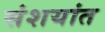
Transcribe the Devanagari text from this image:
संशयांत